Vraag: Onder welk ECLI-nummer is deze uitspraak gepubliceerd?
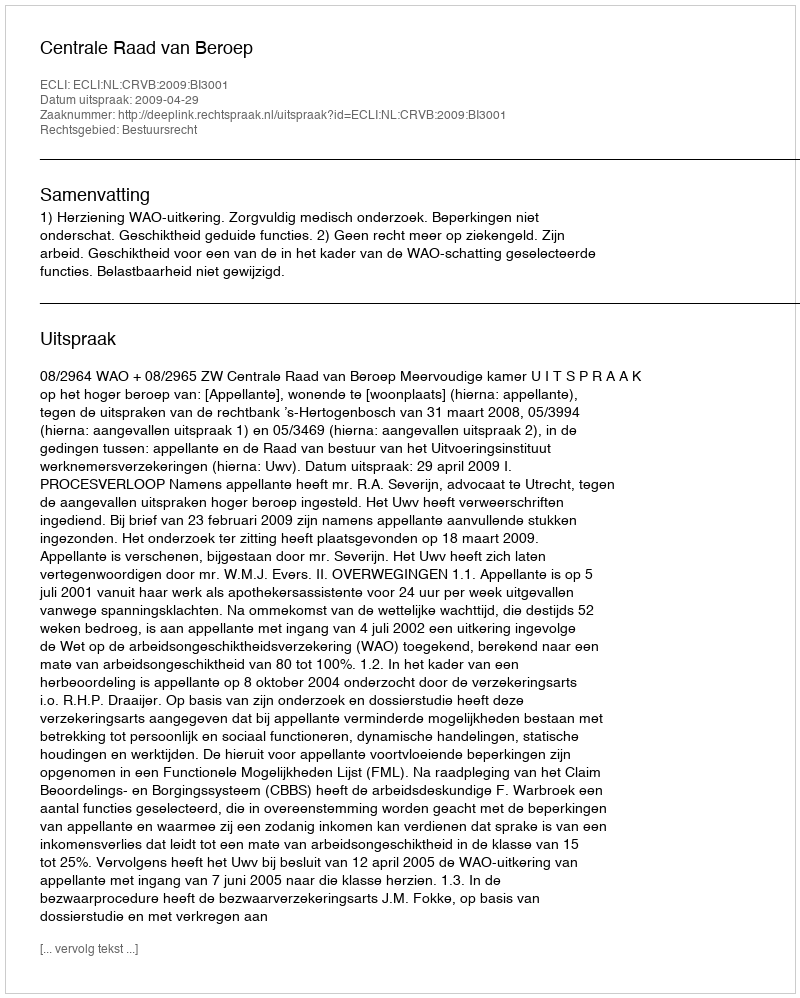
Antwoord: ECLI:NL:CRVB:2009:BI3001